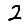
Digit: 2